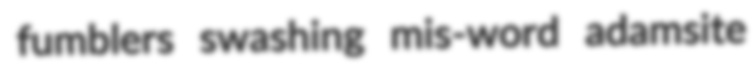
fumblers swashing mis-word adamsite